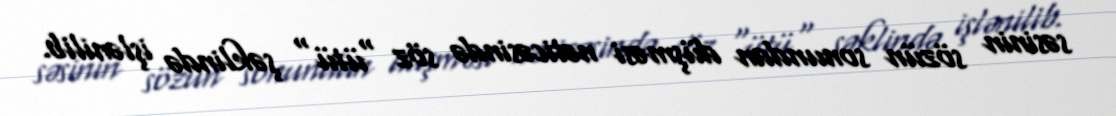
səsinin sözün sonundan düşməsi nəticəsində söz "ütü" şəklində işlənilib.